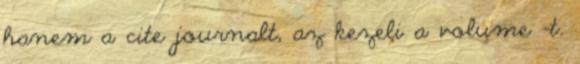
hanem a cite journalt, az kezeli a volume -t.